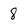
Character: 8